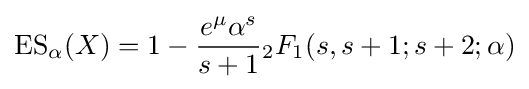
\operatorname {ES} _{\alpha }(X)=1-{\frac {e^{\mu }\alpha ^{s}}{s+1}}{_{2}F_{1}}(s,s+1;s+2;\alpha )